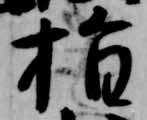
指